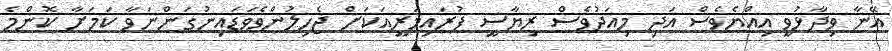
އޭނާ ވިދާޅުވީ އިއްޔެވެސް އަދި މިއަދުވެސް ރިޔާސީ ޕުރައިމަރީއަކަށް ޖެހިލުންވެވަޑައިނުގަންނަވާ ކަމަށާ ކޮންމެ